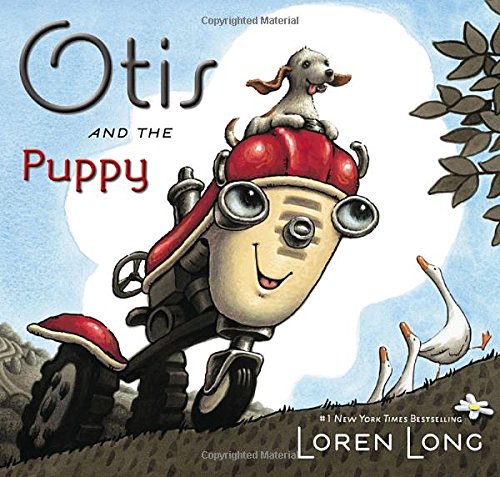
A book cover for Otis and the Puppy; Loren Long; Children's Books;